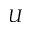
U